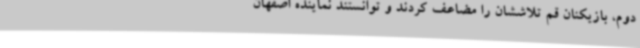
دوم، بازیکنان قم تلاششان را مضاعف کردند و توانستند نماینده اصفهان